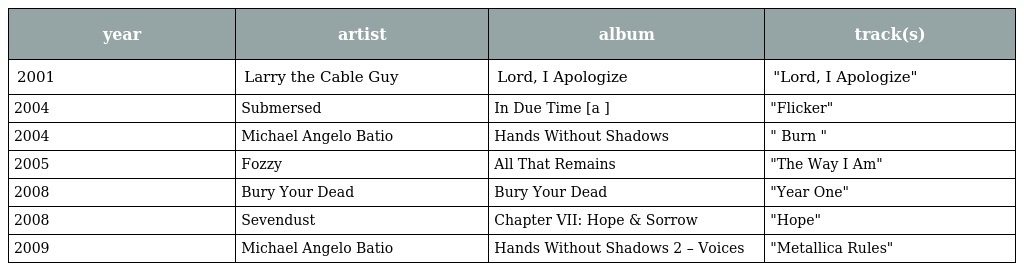
| year | artist | album | track(s) |
 | --- | --- | --- | --- |
 | 2001 | Larry the Cable Guy | Lord, I Apologize | "Lord, I Apologize" |
 | 2004 | Submersed | In Due Time [a ] | "Flicker" |
 | 2004 | Michael Angelo Batio | Hands Without Shadows | " Burn " |
 | 2005 | Fozzy | All That Remains | "The Way I Am" |
 | 2008 | Bury Your Dead | Bury Your Dead | "Year One" |
 | 2008 | Sevendust | Chapter VII: Hope & Sorrow | "Hope" |
 | 2009 | Michael Angelo Batio | Hands Without Shadows 2 – Voices | "Metallica Rules" |